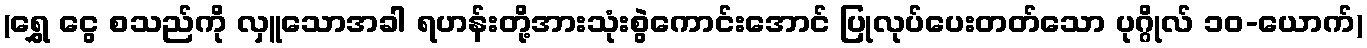
(ရွှေ ငွေ စသည်ကို လှူသောအခါ ရဟန်းတို့အားသုံးစွဲကောင်းအောင် ပြုလုပ်ပေးတတ်သော ပုဂ္ဂိုလ် ၁၀-ယောက်)